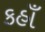
કહાઁ